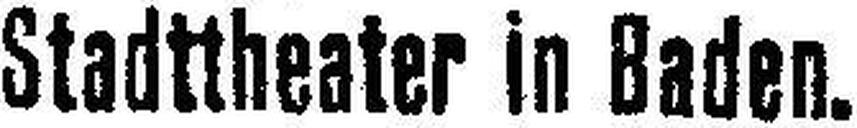
Stadttheater in Baden.